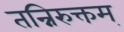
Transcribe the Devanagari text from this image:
तन्निरुक्तम्